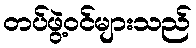
တပ်ဖွဲ့ဝင်များသည်